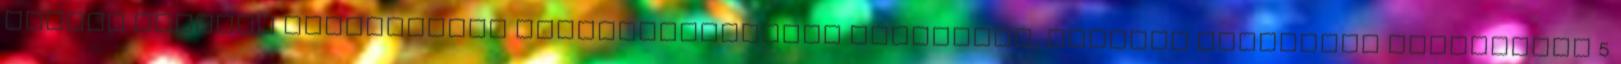
eljáró közjogi intézmények költségvetéséből származik, hasonló kiadásnak tekintendő 5